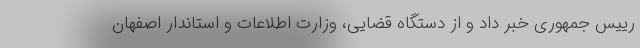
رییس جمهوری خبر داد و از دستگاه قضایی، وزارت اطلاعات و استاندار اصفهان